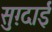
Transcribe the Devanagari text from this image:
सुग़्दाई